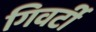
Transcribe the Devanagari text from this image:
गिवर्टी